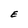
Character: E